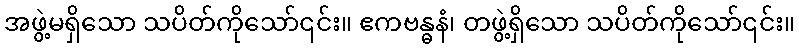
အဖွဲ့မရှိသော သပိတ်ကိုသော်၎င်း။ ဧကဗန္ဓနံ၊ တဖွဲ့ရှိသော သပိတ်ကိုသော်၎င်း။